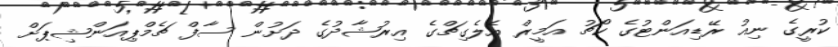
ކުރީގެ ނިއު ރޭޑިއަންޓުގެ ކޯޗު އަމީރް އެލެގިޗްގެ އިރުޝާދުގެ ދަށުން ސާފް ޗެމްޕިއަންޝިޕަށް